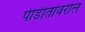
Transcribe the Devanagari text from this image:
पीडीतांवरील